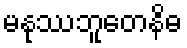
မနုဿဘူတေနိဓ